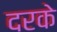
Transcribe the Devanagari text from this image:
दरके